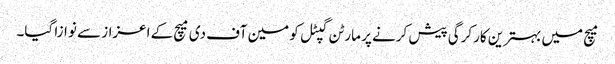
میچ میں بہترین کارکرگی پیش کرنے پر مارٹن گپٹل کو مین آف دی میچ کے اعزاز سے نوازا گیا۔